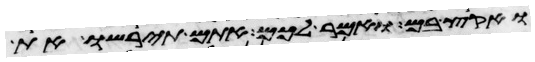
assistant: ואקץ בם ואמר לכם אתם תירשו את